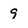
Character: 9